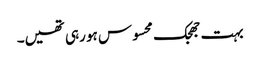
بہت جھجک محسوس ہو رہی تھیں۔